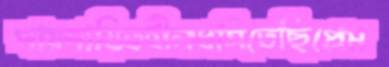
দায়দায়িত্বহীনধসিতেছিপ্রেম